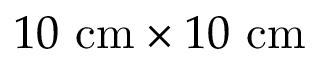
1 0 \ \mathrm { c m } \times 1 0 \ \mathrm { c m }